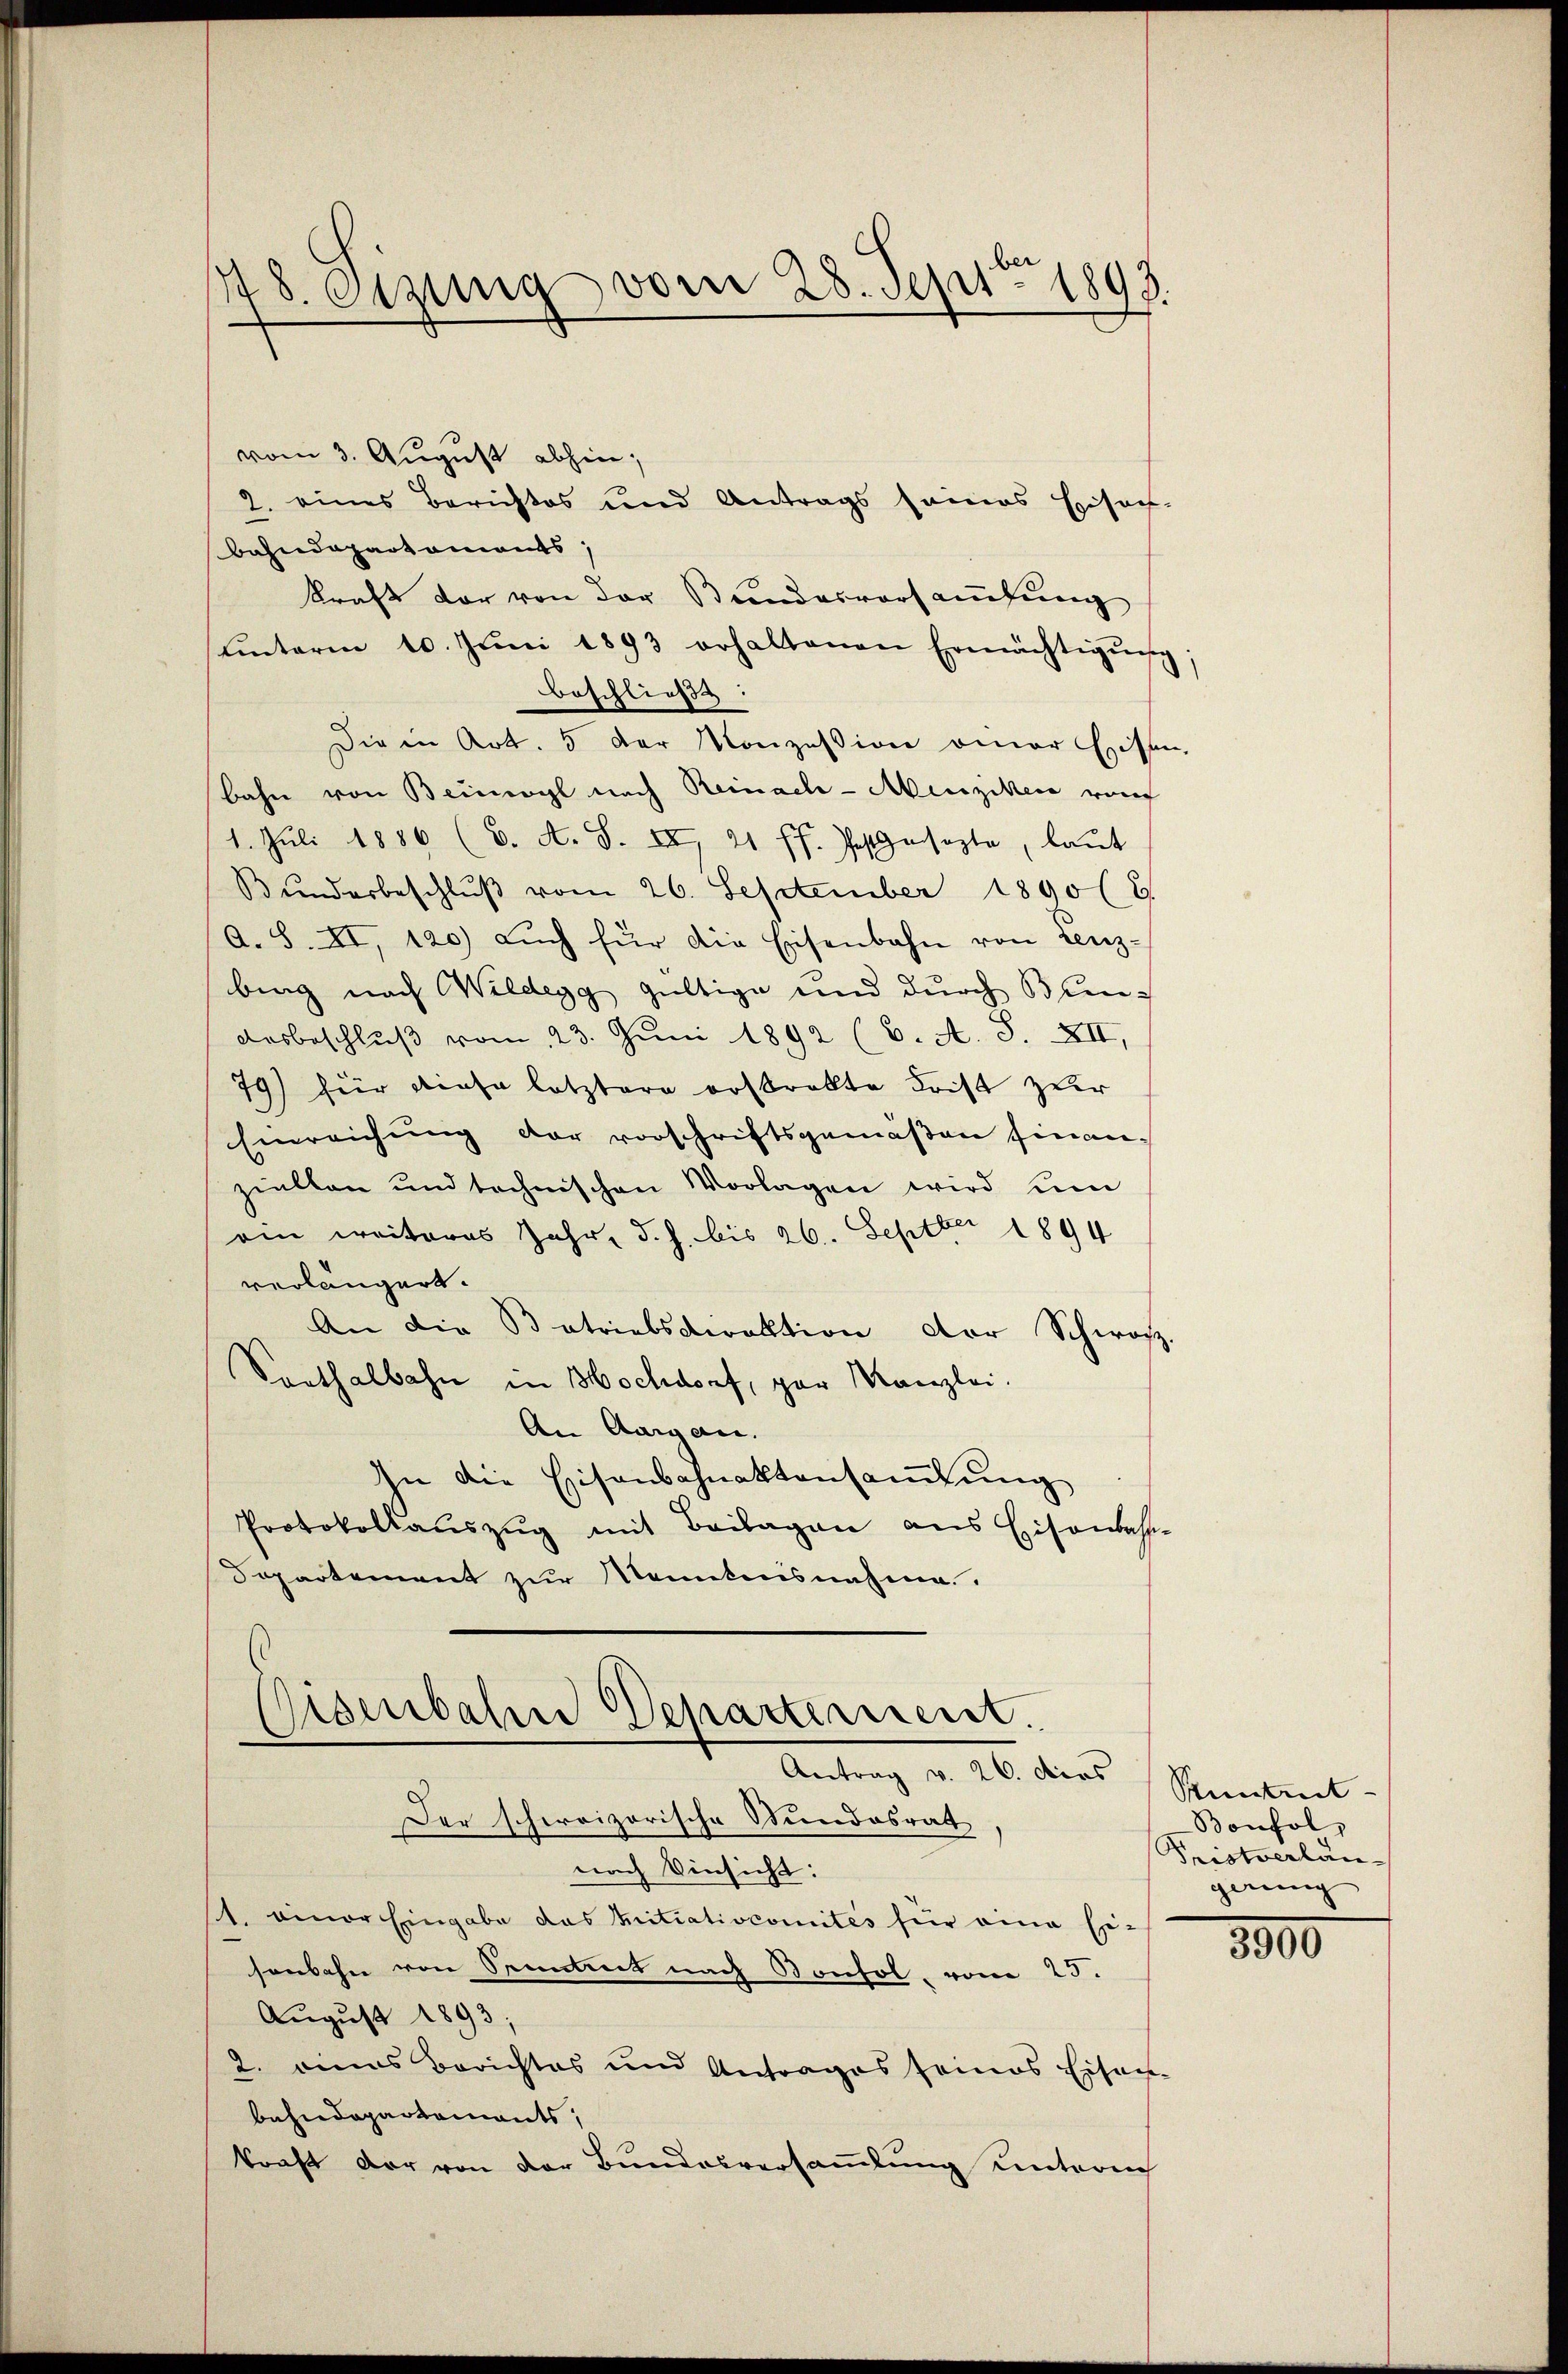
18. Otzung vom 28. Sept. 1893.

vom 3. August abhin,
2. eines Berichtes und Antrags seines Einsach-
Bahndepartaments,
kraft der von der Bundesvorsamlung
uinterm 10. Jŭni 1893 erhaltenen Ermächtigŭng
beschließt:
Die in Art. 5 der Konzession einer Eisen,
bahn von Beinwyl nach Reinach-Menziken rauf
1. Jŭli 1886 (C. A. S. XX 21 ff. festgesezte, laŭt
Bŭndesbeschlŭβ vom 26. September 1890 (8.
A. S. XII, 120) aŭch für die Eisenbahn von Lenz-
bing nach Wildegg gültige und durch Bren¬
Dosbeschluß vom 23. Juni 1892 (6. A. S. XXII,
79) für diese letztere erstrakte Frist zur
Einreichung der vorschriftsgemäßen finan-
ziellen und technischen Vorlagen wird um
ein weiteres Jahr, d. J. bis 26. Septbr 1894
verlängert.
An die Betriebsdirektion der Schwarz.
Sonthalbahn in Hochdorf, par Kanzlei.
An Aawan.
In die Eisenschnaktensamlung
Protokollauszug mit Beilagen aus Eisenbah
Sopartement zur Manntensnahme.

Disenbahne Departement.
Antrag v. 26. dies

Der schweizerische Stundesrath
nach Einsicht:
1. einer Eingabe das Initiativcomités für eine Ei-
sonbahn von Senntnis nach Konsol, vom 25.
August 1893,
2. eines Berichtes und Antrages seines Eisen-
bahndepartaments,
konft der von der Bundesversammlung untereich

Rintuit
Bonfol
Tristverlängerung

3900